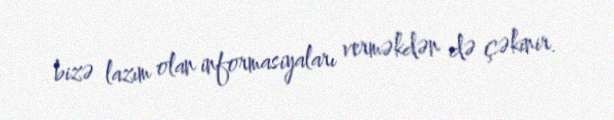
bizə lazım olan informasiyaları verməkdən də çəkinir.